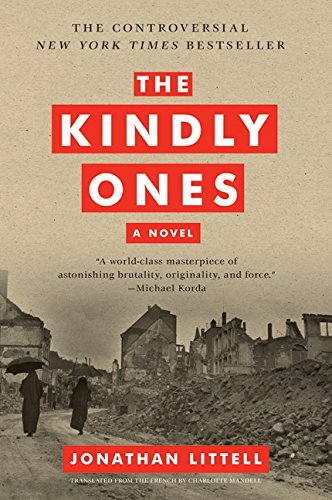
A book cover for The Kindly Ones: A Novel; Jonathan Littell; Literature & Fiction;